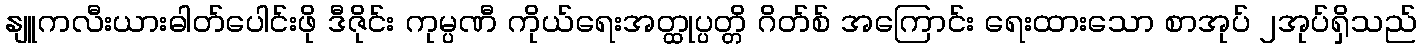
နျူကလီးယားဓါတ်ပေါင်းဖို ဒီဇိုင်း ကုမ္ပဏီ ကိုယ်ရေးအတ္ထုပ္ပတ္တိ ဂိတ်စ် အကြောင်း ရေးထားသော စာအုပ် ၂အုပ်ရှိသည်